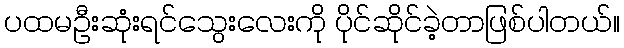
ပထမဦးဆုံးရင်သွေးလေးကို ပိုင်ဆိုင်ခဲ့တာဖြစ်ပါတယ်။